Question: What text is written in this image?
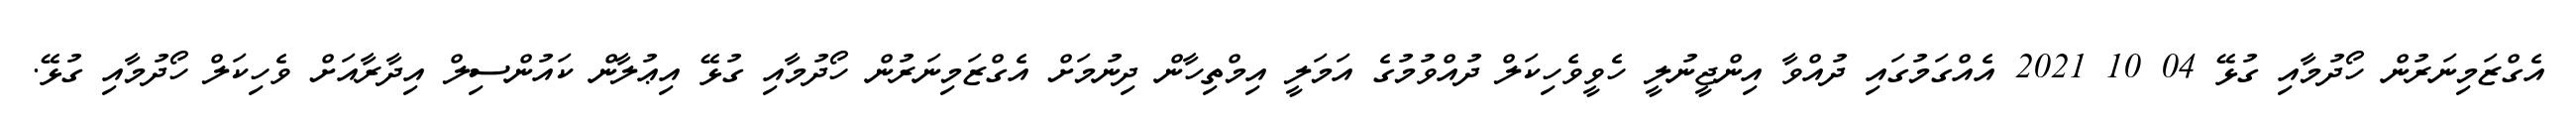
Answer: އެގްޒަމިނަރުން ހޯދުމާއި ގުޅޭ 04 10 2021 އެއްގަމުގައި ދުއްވާ އިންޖީނުލީ ހެވީވެހިކަލް ދުއްވުމުގެ އަމަލީ އިމްތިހާން ދިނުމަށް އެގްޒަމިނަރުން ހޯދުމާއި ގުޅޭ އިޢުލާން ކައުންސިލް އިދާރާއަށް ވެހިކަލް ހޯދުމާއި ގުޅޭ.